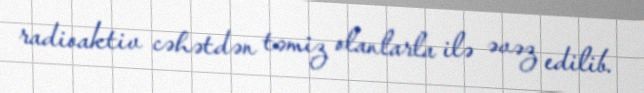
radioaktiv cəhətdən təmiz olanlarla ilə əvəz edilib.